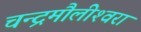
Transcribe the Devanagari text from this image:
चन्‍द्रमौलीश्‍वरा